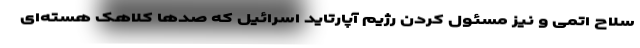
سلاح اتمی و نیز مسئول کردن رژیم آپارتاید اسرائیل که صدها کلاهک هسته‌ای